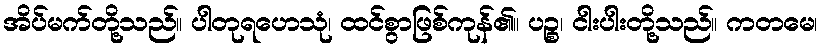
အိပ်မက်တို့သည်။ ပါတုရဟေသုံ၊ ထင်စွာဖြစ်ကုန်၏။ ပဉ္စ၊ ငါးပါးတို့သည်။ ကတမေ၊